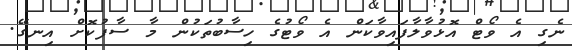
ނެގި އެ ވޯޓް އޮޅުވާލާފައިވާކަން އެ ވޯޓުގެ ހިސާބުތަކުން މާ ސާފުކޮށް އިނގޭ.